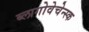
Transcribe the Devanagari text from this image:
ब्लागोवेचेन्स्क